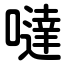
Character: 噠